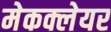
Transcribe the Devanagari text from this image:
मेकक्लेयर